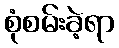
စုံစမ်းခဲ့ရာ